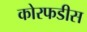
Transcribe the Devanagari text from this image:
कोरफडीस